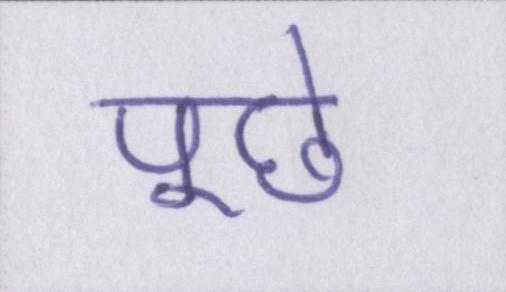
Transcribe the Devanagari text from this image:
पूछे